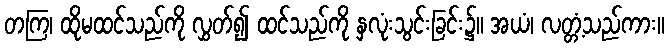
တကြ၊ ထိုမထင်သည်ကို လွှတ်၍ ထင်သည်ကို နှလုံးသွင်းခြင်း၌။ အယံ၊ လတ္တံ့သည်ကား။